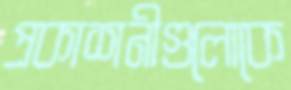
প্রকাশনীগুলোকে